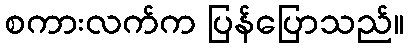
စကားလက်က ပြန်ပြောသည်။